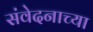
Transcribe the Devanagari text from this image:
संवेदनाच्या